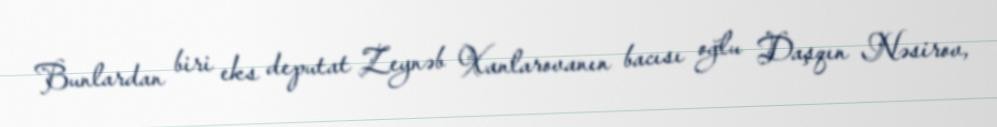
Bunlardan biri eks deputat Zeynəb Xanlarovanın bacısı oğlu Daşqın Nəsirov,